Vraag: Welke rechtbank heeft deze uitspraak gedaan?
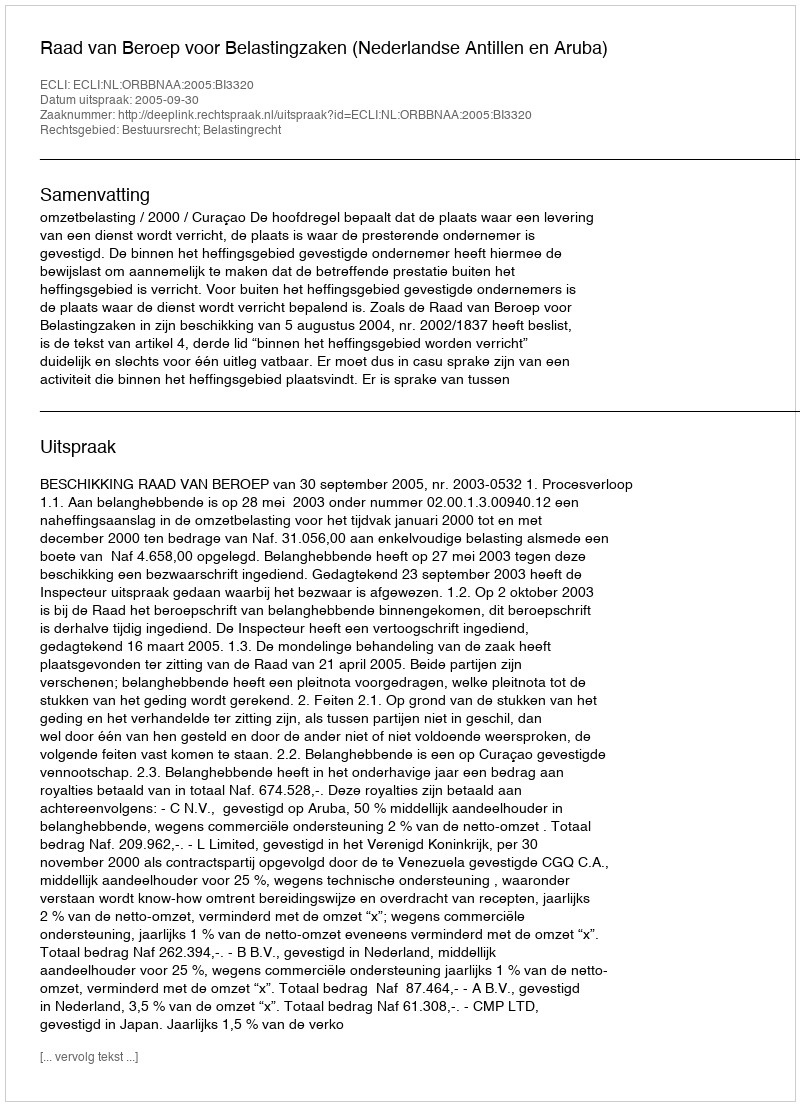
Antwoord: Raad van Beroep voor Belastingzaken (Nederlandse Antillen en Aruba)